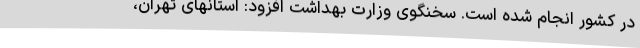
در کشور انجام شده است. سخنگوی وزارت بهداشت افزود: استانهای تهران،